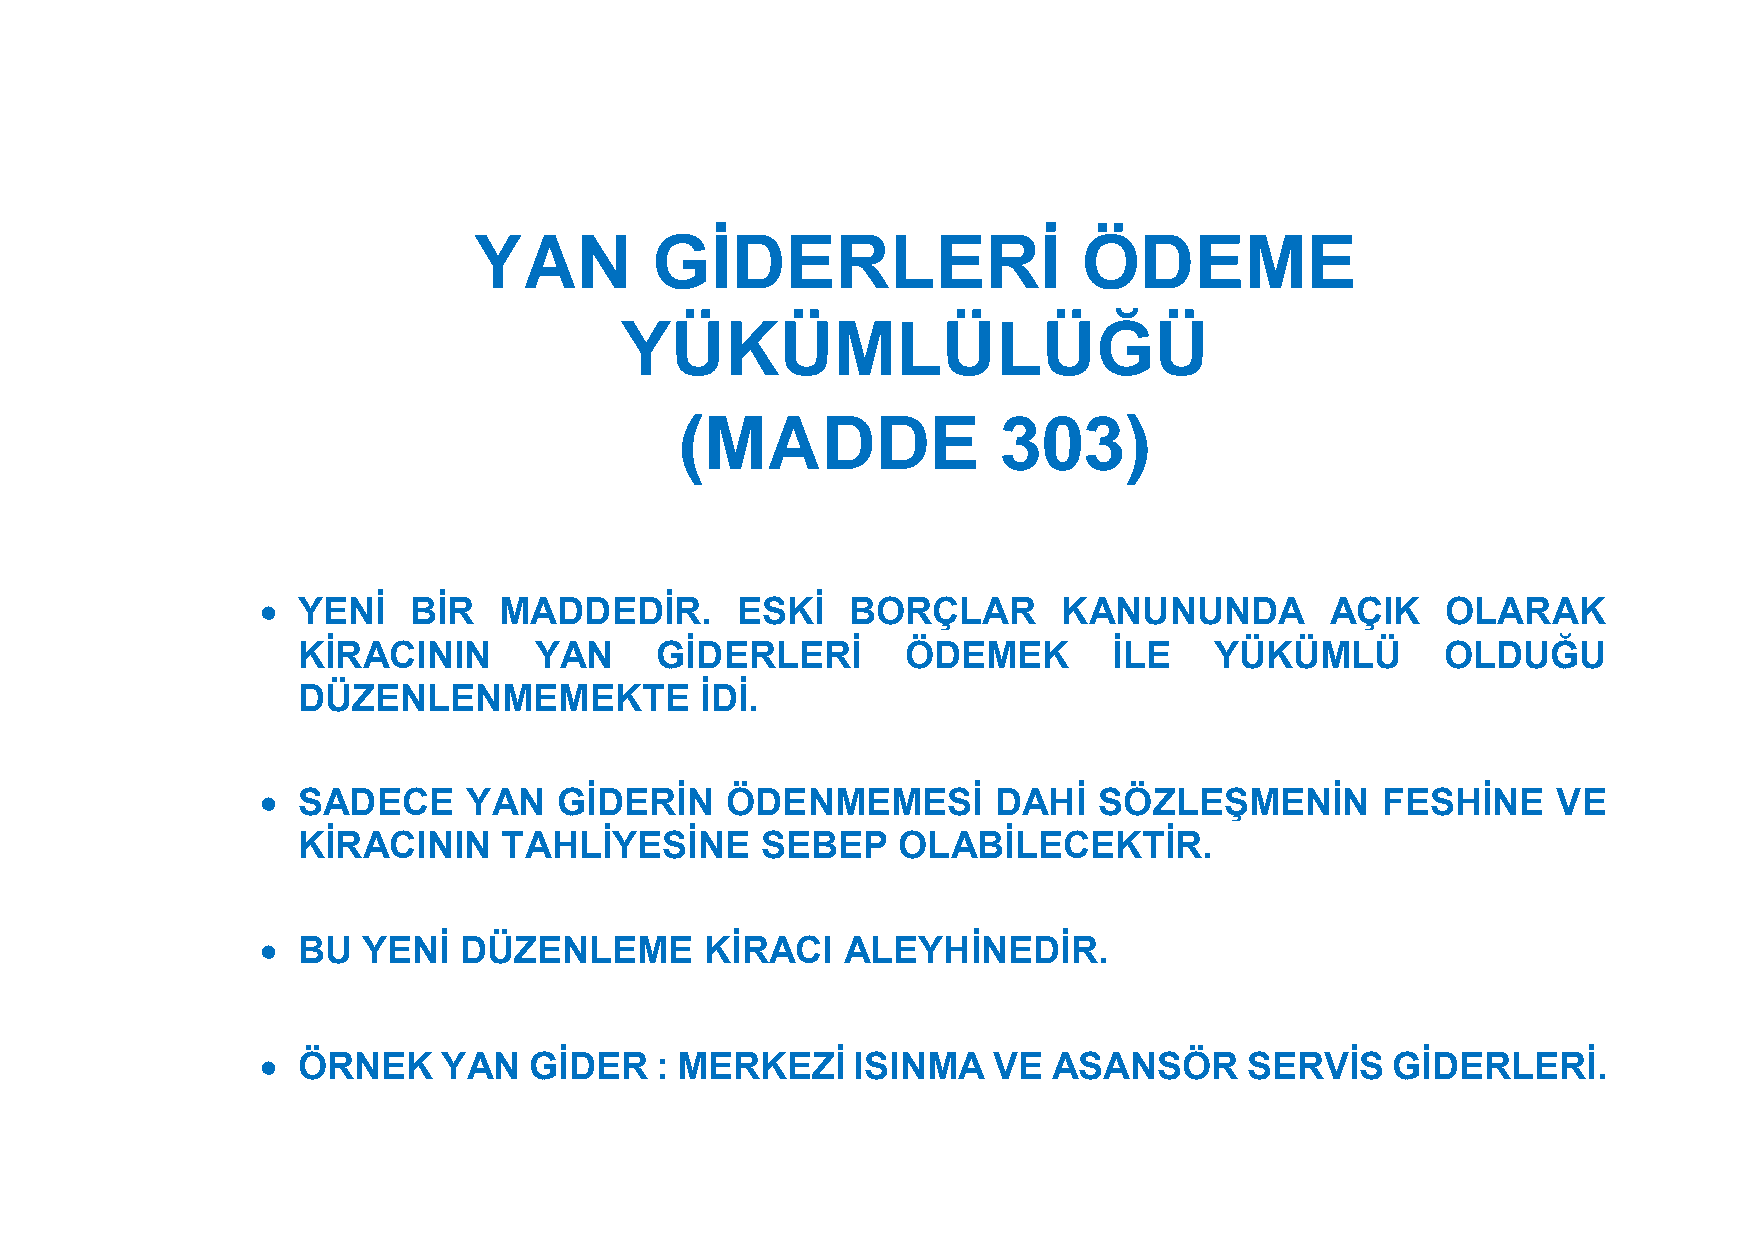
YAN         GİDERLERİ                    ÖDEME
 YÜKÜMLÜLÜĞÜ
 (MADDE               303)
   YENİ   BİR   MADDEDİR.       ESKİ   BORÇLAR       KANUNUNDA         AÇIK    OLARAK
 KİRACININ      YAN     GİDERLERİ        ÖDEMEK        İLE   YÜKÜMLÜ         OLDUĞU
 DÜZENLENMEMEKTE           İDİ.
   SADECE     YAN   GİDERİN    ÖDENMEMESİ        DAHİ   SÖZLEŞMENİN       FESHİNE     VE
 KİRACININ    TAHLİYESİNE      SEBEP    OLABİLECEKTİR.
   BU  YENİ  DÜZENLEME        KİRACI   ALEYHİNEDİR.
   ÖRNEK    YAN   GİDER   : MERKEZİ    ISINMA    VE  ASANSÖR      SERVİS   GİDERLERİ.